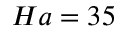
H a = 3 5